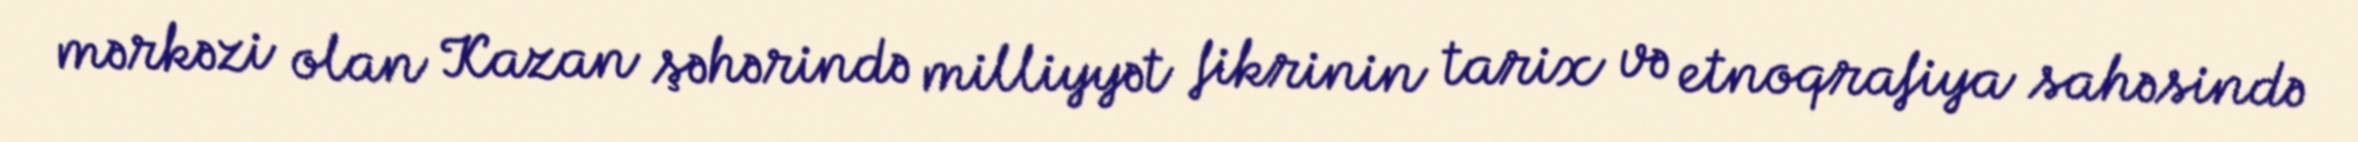
mərkəzi olan Kazan şəhərində milliyyət fikrinin tarix və etnoqrafiya sahəsində